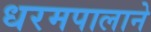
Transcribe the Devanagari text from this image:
धरमपालाने